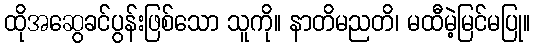
ထိုအဆွေခင်ပွန်းဖြစ်သော သူကို။ နာတိမညတိ၊ မထီမဲ့မြင်မပြု။